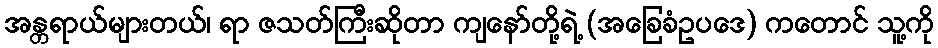
အန္တရာယ်များတယ်၊ ရာ ဇသတ်ကြီးဆိုတာ ကျနော်တို့ရဲ့ (အခြေခံဥပဒေ) ကတောင် သူ့ကို